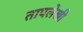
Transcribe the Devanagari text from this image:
तापलेखी